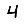
Digit: 4